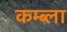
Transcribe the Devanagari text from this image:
कम्ब्ला